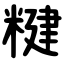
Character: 䊕